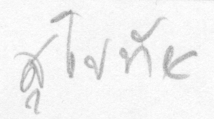
สุโขทัย